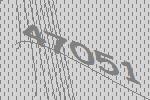
47051